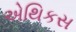
એથિકસ